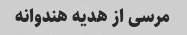
مرسی از هدیه هندوانه